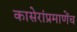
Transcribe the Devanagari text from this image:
कासेरांप्रमाणेंच